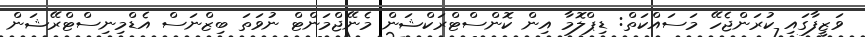
ވަޒީފާގައި ކުރަންޖެހޭ މަސައްކަތް: ޑިޕްލޮމާ އިން ކޮންސްޓްރަކްޝަން މެނޭޖްމަންޓް ނުވަތަ ބިޒްނަސް އެޑްމިނިސްޓްރޭޝަން